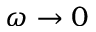
\omega \to 0